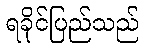
ရခိုင်ပြည်သည်